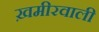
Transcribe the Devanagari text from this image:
ख़मीरवाली